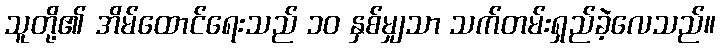
သူတို့၏ အိမ်ထောင်ရေးသည် ၁၀ နှစ်မျှသာ သက်တမ်းရှည်ခဲ့လေသည်။